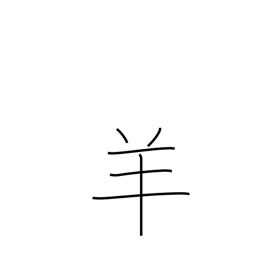
Meaning: sheep